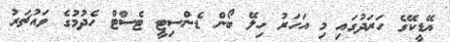
އޭޑީކޭގެ ހަރަދުގައި މި އަހަރު ހިލޭ ބޯން ޑެންސިޓީ ޓެސްޓް ހެދުމުގެ ވައުޗަރު